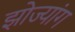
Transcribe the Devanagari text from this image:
झोज्यांग